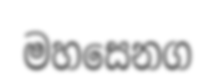
මහසෙනග